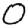
Digit: 0